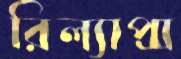
রিল্যাপ্স